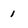
Character: 1